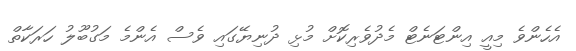
އެހެންވެ މިއީ އިންޓަނެޓް މެދުވެރިކޮށް މުޅި ދުނިޔޭގައި ވެސް އެންމެ މަގުބޫލު ހަރަކާތް